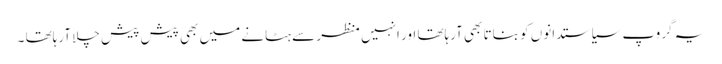
یہ گروپ سیاستدانوں کو بناتا بھی آرہاتھا اور انہیں منظر سے ہٹانے میں بھی پیش پیش چلا آرہاتھا ۔